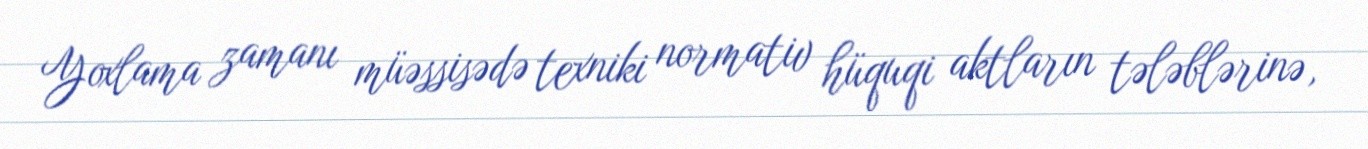
Yoxlama zamanı müəssisədə texniki normativ hüquqi aktların tələblərinə,